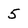
Character: 5